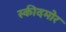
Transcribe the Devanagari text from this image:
स्कीदमोर